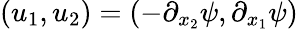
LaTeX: \left(u_{1},u_{2}\right)=\left(-\partial_{x_{2}}\psi,\partial_{x_{1}}\psi\right)